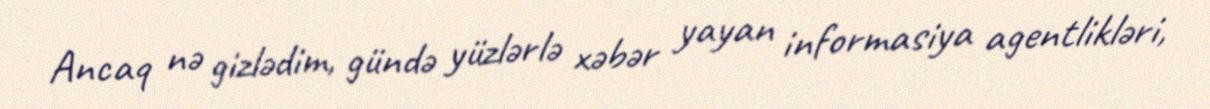
Ancaq nə gizlədim, gündə yüzlərlə xəbər yayan informasiya agentlikləri,